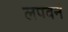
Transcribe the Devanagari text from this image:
लपवनं